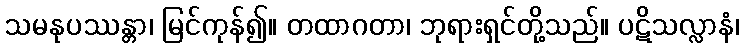
သမနုပဿန္တာ၊ မြင်ကုန်၍။ တထာဂတာ၊ ဘုရားရှင်တို့သည်။ ပဋိသလ္လာနံ၊